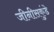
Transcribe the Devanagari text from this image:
जीनीसकुंडे